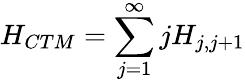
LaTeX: H_{CTM}=\sum_{j=1}^{\infty}jH_{j,j+1}